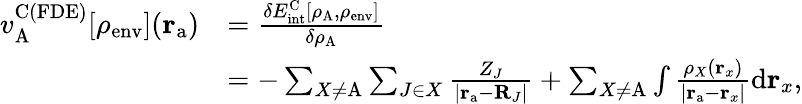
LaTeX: \begin{array}{rl}{v_{\mathrm{A}}^{\mathrm{C(FDE)}}[\rho_{\mathrm{env}}](\mathbf{r}_{\mathrm{a}})}&{=\frac{\delta E_{\mathrm{int}}^{\mathrm{C}}[\rho_{\mathrm{A}},\rho_{\mathrm{env}}]}{\delta\rho_{\mathrm{A}}}}\\ &{=-\sum_{X\neq\mathrm{A}}\sum_{J\in X}\frac{Z_{J}}{|\mathbf{r}_{\mathrm{a}}-\mathbf{R}_{J}|}+\sum_{X\neq\mathrm{A}}\int\frac{\rho_{X}(\mathbf{r}_{x})}{|\mathbf{r}_{\mathrm{a}}-\mathbf{r}_{x}|}{\mathrm{d}}\mathbf{r}_{x},}\end{array}